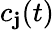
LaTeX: c_{\mathbf{j}}(t)